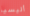
أليسيا